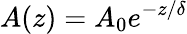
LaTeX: A(z)=A_{0}e^{-z/\delta}